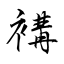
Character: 褠